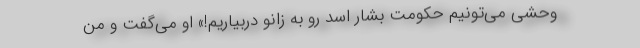
وحشی می‌تونیم حکومت بشار اسد رو به زانو دربیاریم!» او می‌گفت و من